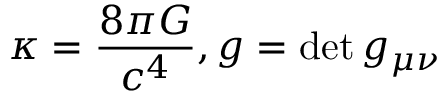
\kappa = { \frac { 8 \pi G } { c ^ { 4 } } } , g = \operatorname* { d e t } g _ { \mu \nu }